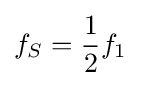
f_{S}={\frac {1}{2}}f_{1}